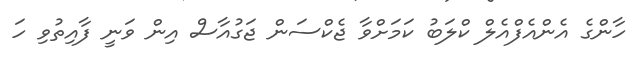
ހާންގެ އެންއެފްއެލް ކްލަބު ކަމަށްވާ ޖެކްސަން ޖަގުއާސް އިން ވަނީ ފާއިތުވި ހަ